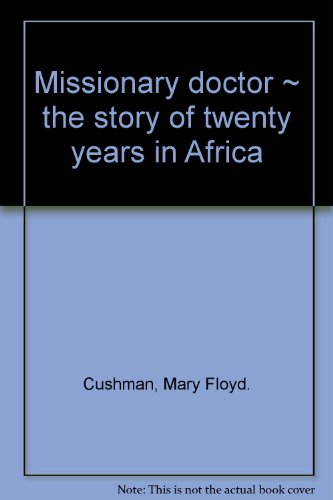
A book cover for Missionary doctor, the story of twenty years in Africa,; Mary Floyd Cushman; Travel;